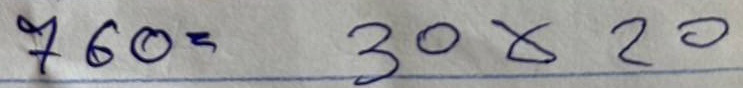
760 = 30x20